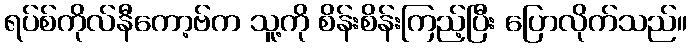
ရပ်စ်ကိုလ်နီကော့ဗ်က သူ့ကို စိန်းစိန်းကြည့်ပြီး ပြောလိုက်သည်။